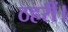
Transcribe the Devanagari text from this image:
ठहरीं।